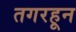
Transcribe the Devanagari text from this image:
तगरहून